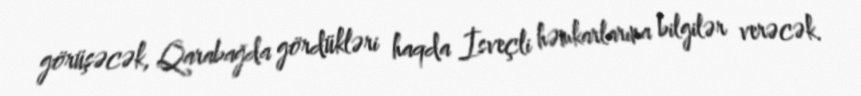
görüşəcək, Qarabağda gördükləri haqda İsveçli həmkarlarına bilgilər verəcək.